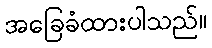
အခြေခံထားပါသည်။